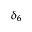
\delta _ { 6 }